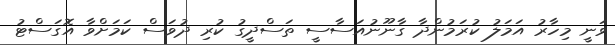
ވަނީ މިހާރު އަމަލު ކުރަމުންދާ ގާނޫނުއަސާސީ ތަސްދީގު ކުރި ދުވަސް ކަމަށްވާ އޮގަސްޓު